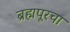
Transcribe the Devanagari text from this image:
ब्रह्मपूरचा